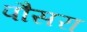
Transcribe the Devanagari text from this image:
पौसरा